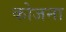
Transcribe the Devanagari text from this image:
कोजना